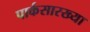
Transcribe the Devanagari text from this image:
पार्कसारख्या